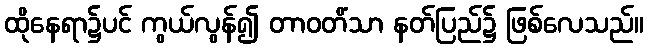
ထိုနေရာ၌ပင် ကွယ်လွန်၍ တာဝတိံသာ နတ်ပြည်၌ ဖြစ်လေသည်။